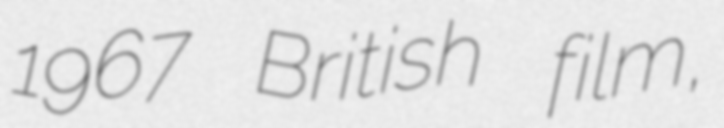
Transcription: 1967 British film,